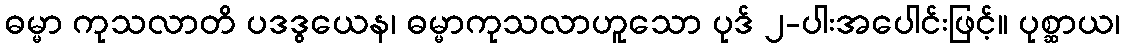
ဓမ္မာ ကုသလာတိ ပဒဒွယေန၊ ဓမ္မာကုသလာဟူသော ပုဒ် ၂-ပါးအပေါင်းဖြင့်။ ပုစ္ဆာယ၊